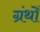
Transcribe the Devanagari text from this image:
ग्रंथोँ